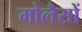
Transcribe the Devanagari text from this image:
मोलैसों